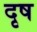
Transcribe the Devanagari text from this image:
दृष